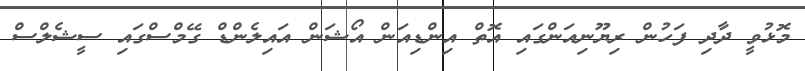
މޮޅުވީ ދާދި ފަހުން ރިޔޫނިއަންގައި އޮތް އިންޑިއަން އޯޝަން އައިލެންޑް ގޭމްސްގައި ސީޝެލްސް